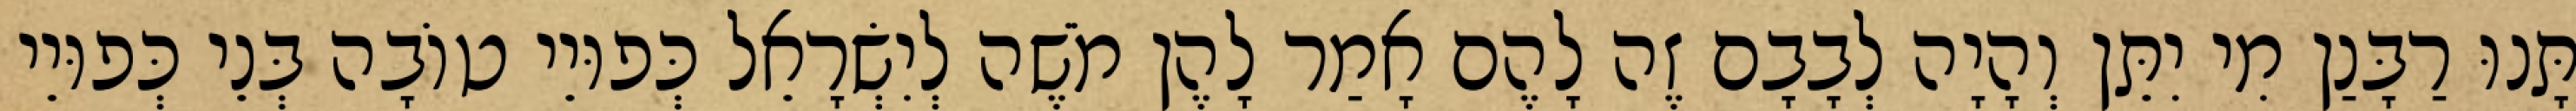
תָּנוּ רַבָּנַן מִי יִתֵּן וְהָיָה לְבָבָם זֶה לָהֶם אָמַר לָהֶן מֹשֶׁה לְיִשְׂרָאֵל כְּפוּיֵי טוֹבָה בְּנֵי כְּפוּיֵי